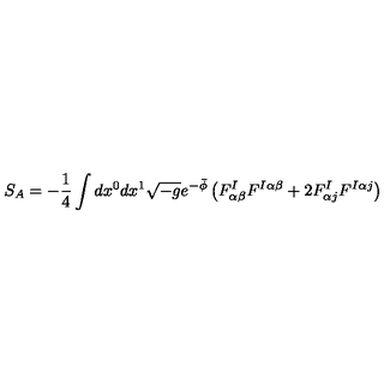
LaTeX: S _ { A } = - \frac { 1 } { 4 } \int d x ^ { 0 } d x ^ { 1 } \sqrt { - g } e ^ { - \bar { \phi } } \left( F _ { \alpha \beta } ^ { I } F ^ { I \alpha \beta } + 2 F _ { \alpha j } ^ { I } F ^ { I \alpha j } \right)